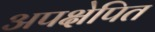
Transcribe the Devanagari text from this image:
अपक्षेपित